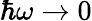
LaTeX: \hbar\omega\rightarrow 0